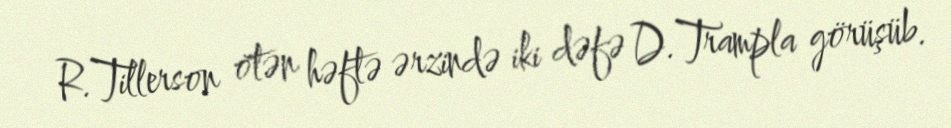
R.Tillerson ötən həftə ərzində iki dəfə D.Trampla görüşüb.